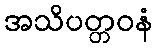
အသိပတ္တဝနံ